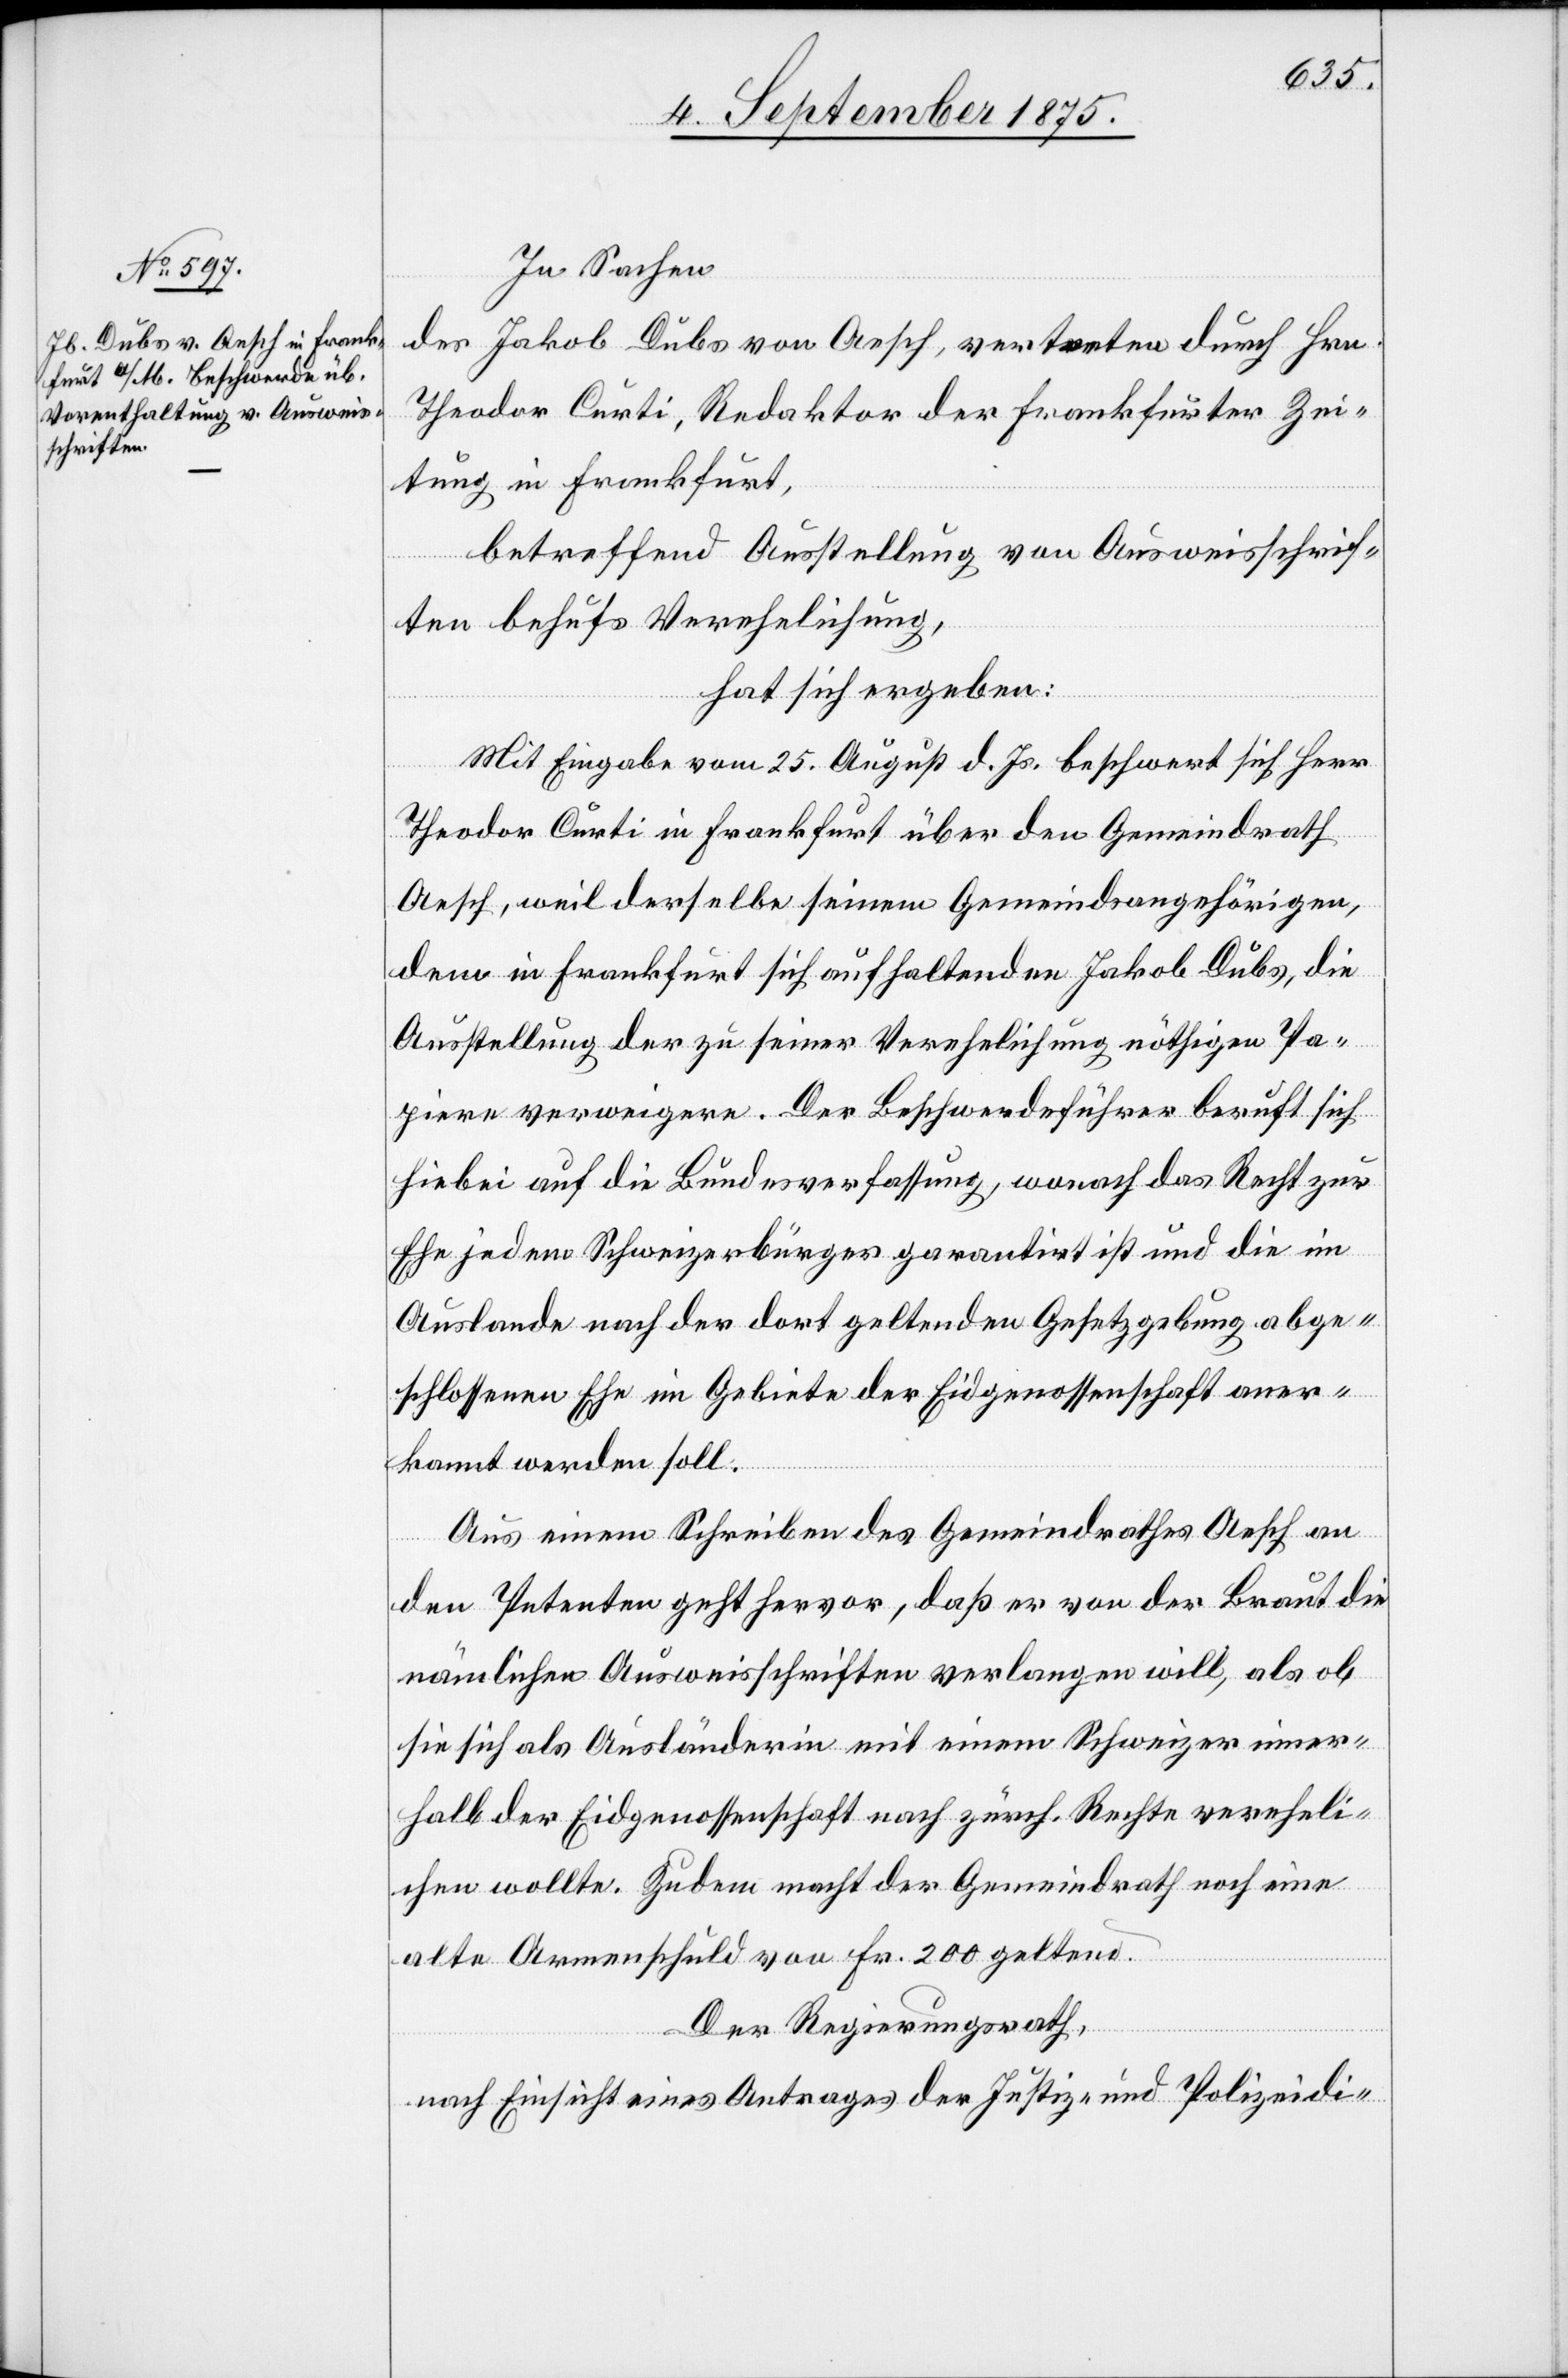
In Sachen
des Jakob Dubs von Aesch, vertreten durch Hrn.
Theodor Corti, Redaktor der Frankfurter Zei¬
tung in Frankfurt,
betreffend Ausstellung von Ausweisschrif¬
ten behufs Verehelichung,
hat sich ergeben:
Mit Eingabe vom 25. August d. Js. beschwert sich Herr
Theodor Corti in Frankfurt über den Gemeindrath
ne
Aesch, weil derselbe seinem Gemeindsangehörigen,
dem in Frankfurt sich aufhaltenden Jakob Dubs, die
Ausstellung der zu seiner Verehelichung nöthigen Pa¬
pier verweigern. Der Beschwerdeführer beruft sich
hiebei auf die Bundesverfassung, wonach das Recht zur
Ehe jedem Schweizerbürger garantirt ist und die im
Auslande nach der dort geltenden Gesetzgebung abge¬
schlossenen Ehe im Gebiete der Eidgenossenschaft aner¬
kannt werden soll.
Aus einem Schreiben des Gemeindrathes Aesch an
den Petenten geht hervor, daß er von der Braut die
nämlichen Ausweisschriften verlangen will, als ob
sie sich als Ausländerin mit einem Schweizer inner¬
halb der Eidgenossenschaft nach der Gemeindrath noch ei¬
alte Armenschuld von Fr. 200 geltend.
Der Regierungsrath,
nach Einsicht eines Antrages der Justiz- und Polizeidi-